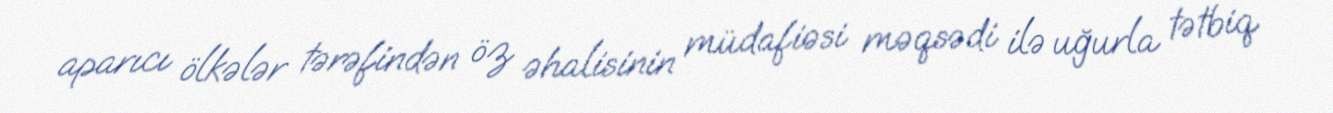
aparıcı ölkələr tərəfindən öz əhalisinin müdafiəsi məqsədi ilə uğurla tətbiq